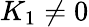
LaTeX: K_{1}\neq 0